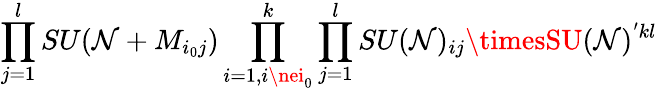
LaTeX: \prod_{j=1}^{l}SU(\mathcal{N}+M_{i_{0}j})\prod_{i=1,i\nei_{0}}^{k}\prod_{j=1}^{l}SU(\mathcal{N})_{ij}\timesSU(\mathcal{N})^{'kl}